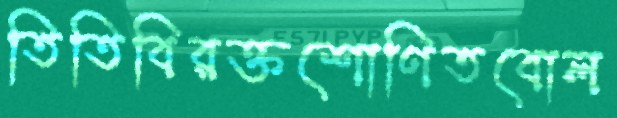
তিতিবিরক্তশোণিতবোল